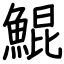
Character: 鯤